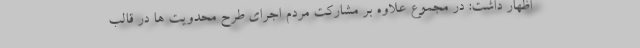
اظهار داشت: در مجموع علاوه بر مشارکت مردم اجرای طرح محدویت ها در قالب